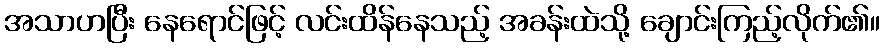
အသာဟပြီး နေရောင်ဖြင့် လင်းထိန်နေသည့် အခန်းထဲသို့ ချောင်းကြည့်လိုက်၏။